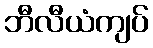
ဘီလီယံကျပ်